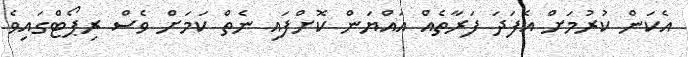
އެކަން ކުރުމަށް އެފަދަ ފަރާތެއް އައްޔަން ކޮށްފައި ނެތް ކަމަށް ވެސް ރިޕޯޓްގައިވެ